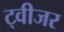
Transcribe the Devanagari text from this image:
ट्वीजर